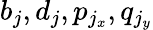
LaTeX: b_{j},d_{j},p_{j_{x}},q_{j_{y}}